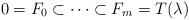
LaTeX: \begin{align*} 0=F_0 \subset \cdots \subset F_m=T(\lambda) \end{align*}